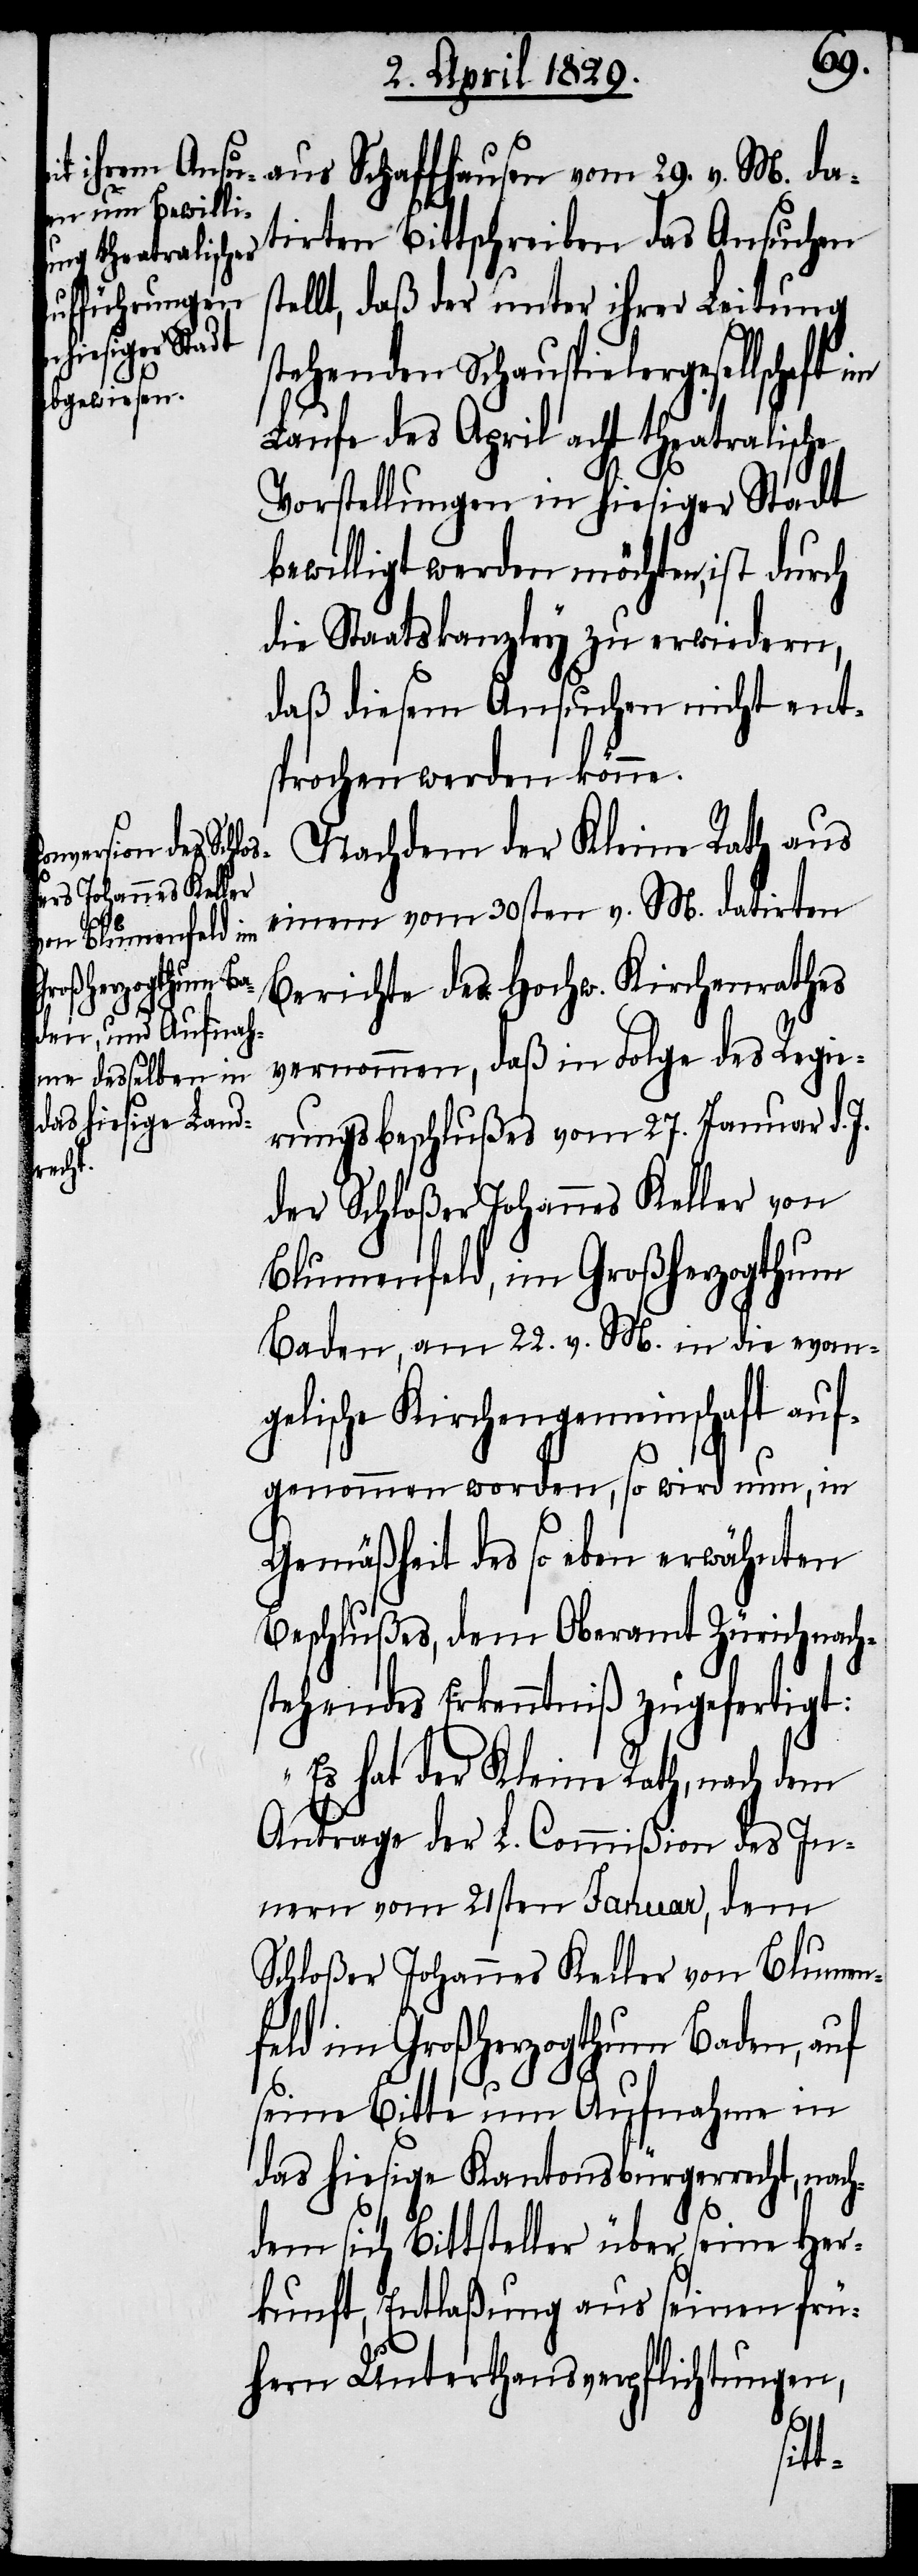
M. da¬
tirten Bittschreiben das Ansuchen
ellt, daß der unter ihrer Leitung
stehenden Schauspielergesellschaft im
Laufe des April acht theatralische
Vorstellungen in hiesiger Stadt
bewilligt werden möchten, ist durch
die Staatskanzley zu erwiedern,
daß diesem Ansuchen nicht ent¬
sprochen werden könne.
Nachdem der Kleine Rath aus
einem vom 30sten v. M. datirten
Schaffhausen
Berichte des Hochw. Kirchenrathes
vernommen, daß in Folge des Regie¬
rungsbeschlußes vom 27. Januar d. J.
aus
der Schloßer Johannes Keller von
Blumenfeld im Großherzogthum
Baden, am 22. v. M. in die evan¬
gelische Kirchengemeinschaft auf¬
genommen worden, so wird nun, in
Gemäßheit des so eben erwähnten
Beschlußes, dem Oberamt Zürich nach¬
stehendes Erkenntniß zugefertigt:
„Es hat der Kleine Rath, nach dem
Antrag der L. Commißion des In¬
nern vom 21sten Januar, dem
Schloßer Johannes Keller von Blumen¬
feld im Großherzogthum Baden, auf
seine Bitte um Aufnahme in
das hiesige Kantonsbürgerrecht, nach¬
dem sich Bittsteller über seine Her¬
kunft, Entlaßung aus seinen frü¬
hern Unterthansverpflichtungen,
st¬